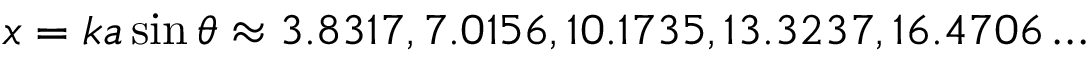
x = k a \sin \theta \approx 3 . 8 3 1 7 , 7 . 0 1 5 6 , 1 0 . 1 7 3 5 , 1 3 . 3 2 3 7 , 1 6 . 4 7 0 6 \dots